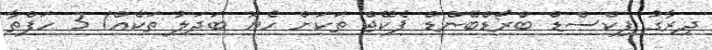
ދިރާގު ފިކްސްޑް ބްރޯޑްބޭންޑް ޕެކޭޖް ތަކަށް ހެޔޮ ބަދަލު ތަކެއް! 3 ހަފްތާ